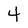
Character: 4